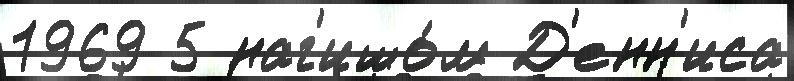
1969 5 наг'ишо́м Д'енн'иса